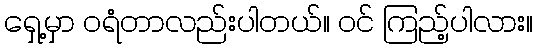
ရှေ့မှာ ဝရံတာလည်းပါတယ်။ ဝင် ကြည့်ပါလား။